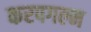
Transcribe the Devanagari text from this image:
करपगल्म